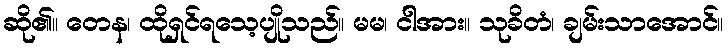
ဆို၏။ တေန၊ ထိုရှင်ရသေ့ပျိုသည်။ မမ၊ ငါအား။ သုခိတံ၊ ချမ်းသာအောင်။